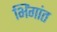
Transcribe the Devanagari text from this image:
भिंगांत